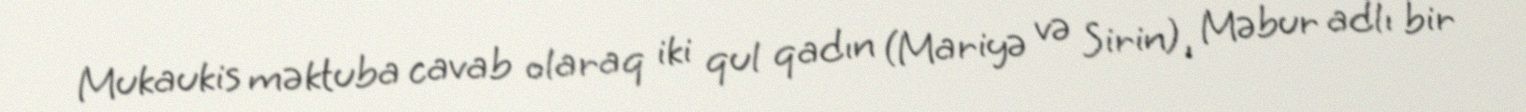
Mukaukis məktuba cavab olaraq iki qul qadın (Mariyə və Sirin), Məbur adlı bir